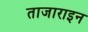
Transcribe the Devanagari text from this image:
ताजाराइन